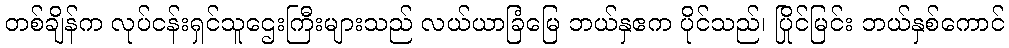
တစ်ချိန်က လုပ်ငန်းရှင်သူဌေးကြီးများသည် လယ်ယာခြံမြေ ဘယ်နှဧက ပိုင်သည်၊ ပြိုင်မြင်း ဘယ်နှစ်ကောင်